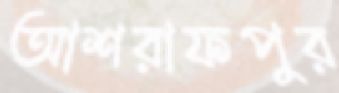
আশরাফপুর